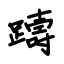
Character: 躊